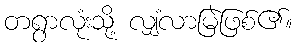
တရွာလုံးသို့ လျှံလာမြဲဖြစ်၏။